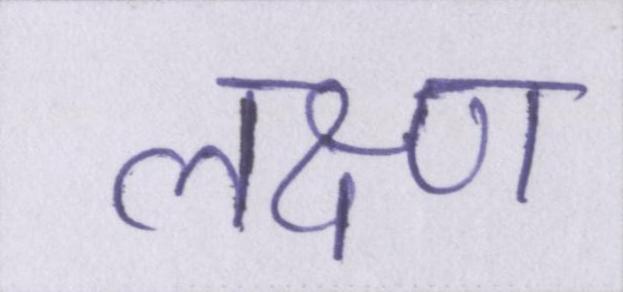
लक्ष्ण